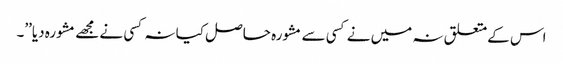
اس کےمتعلق نہ میں نے کسی سے مشورہ حاصل کیا نہ کسی نے مجھے مشورہ دیا’’۔